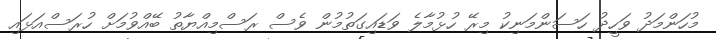
މުހަންމަދު ވަހީދު ހަސަންމަނިކު މިރޭ ހުޅުމާލެ ވަޑައިގަތުމުން ވެސް ރަސްމިއްޔާތު ބޭއްވުމަށް ހުރަސްއަޅައި